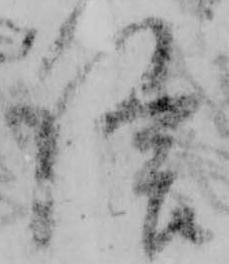
信